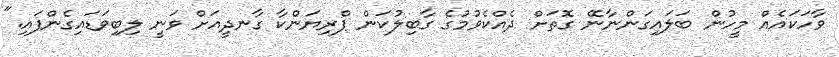
ވާހަކައެއް މީހުން ބަލައިގަންނާނޭ ގޮތަށް ދެއްކެވުމުގެ ގާބިލުކަން ޕްރިޔަންކާ ގާނދީއަށް ވަނީ ލިބިވަޑައިގެންފައި."